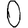
Digit: 0